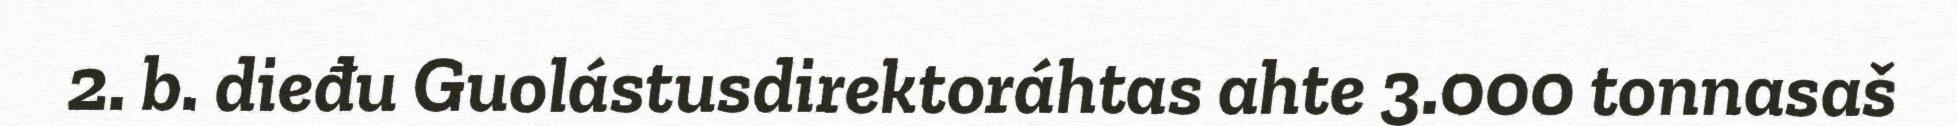
2. b. dieđu Guolástusdirektoráhtas ahte 3.000 tonnasaš